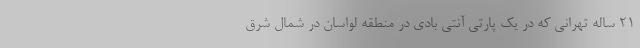
21 ساله تهرانی که در یک پارتی آنتی بادی در منطقه لواسان در شمال شرق